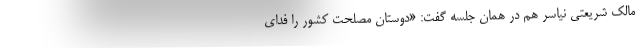
مالک شریعتی نیاسر هم در همان جلسه گفت: «دوستان مصلحت کشور را فدای